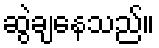
ဆွဲချနေသည်။